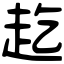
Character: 䞘